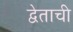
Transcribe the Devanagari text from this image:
द्वेताची